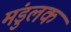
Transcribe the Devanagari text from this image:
मंडुलक